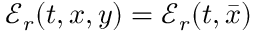
{ \mathcal E } _ { r } ( t , x , y ) = { \mathcal E } _ { r } ( t , \bar { x } )